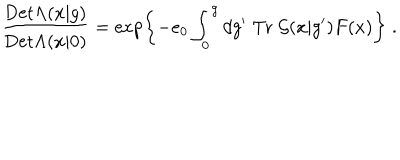
LaTeX: \frac { \mathrm { D e t } \Lambda ( x | g ) } { \mathrm { D e t } \Lambda ( x | 0 ) } = \exp \left\{ - e _ { 0 } \int _ { 0 } ^ { g } d g ^ { \prime } \; \mathrm { T r } \; { \cal G } ( x | g ^ { \prime } ) F ( x ) \right\} \; .